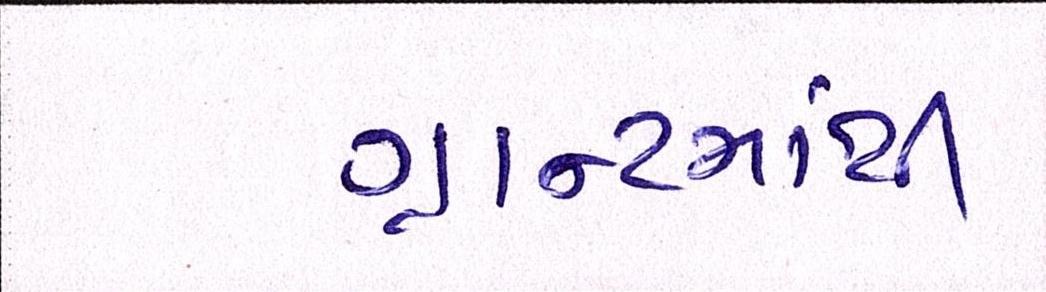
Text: ગ્રાન્ટમાંથી